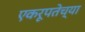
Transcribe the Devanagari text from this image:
एकरूपतेच्या